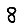
Digit: 8